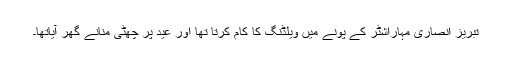
تبریز انصاری مہاراشٹر کے پونے میں ویلڈنگ کا کام کرتا تھا اور عید پر چھٹی منانے گھر آیاتھا۔